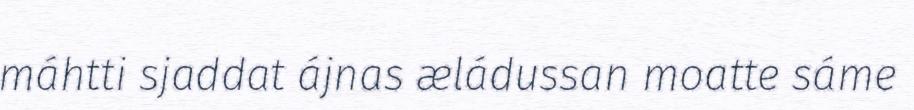
máhtti sjaddat ájnas æládussan moatte sáme